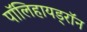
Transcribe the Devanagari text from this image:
पॉलिहायड्रॉन